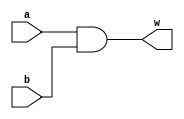
`timescale 1ns/1ns
module AND2(input a,b , output w );
  wire i;
  not #(5,7) G2(w,i);
  nand #(10,8) G1(i,a,b);
endmodule